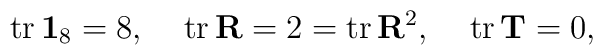
{\rm tr}\,\mathbf{1}_{8}=8,\;\;\;\;{\rm tr}\, \mathbf{R}=2= {\rm tr}\, \mathbf{R}^2,\;\;\;\;{\rm tr}\,\mathbf{T}=0,